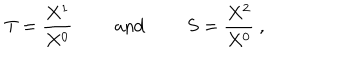
T = \frac { X ^ { 1 } } { X ^ { 0 } } \qquad \mathrm { ~ a n d ~ } \qquad S = \frac { X ^ { 2 } } { X ^ { 0 } } \ ,